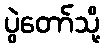
ပွဲတော်သို့